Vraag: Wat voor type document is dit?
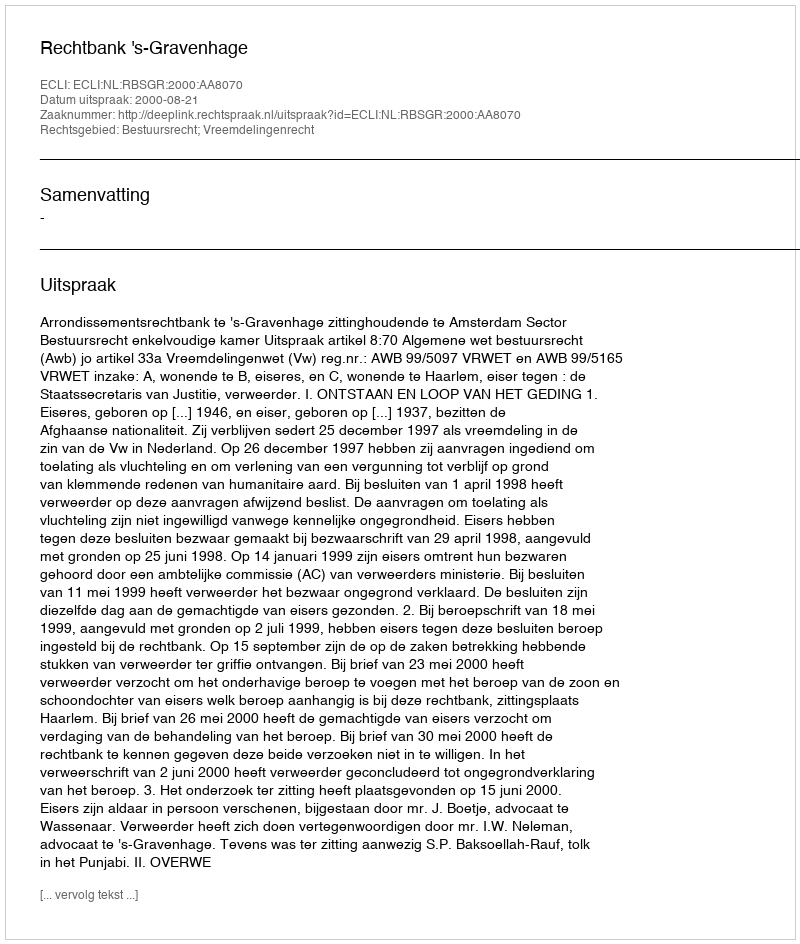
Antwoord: Uitspraak